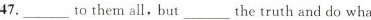
47._to them all, but_the truth and do wha youthink is right.